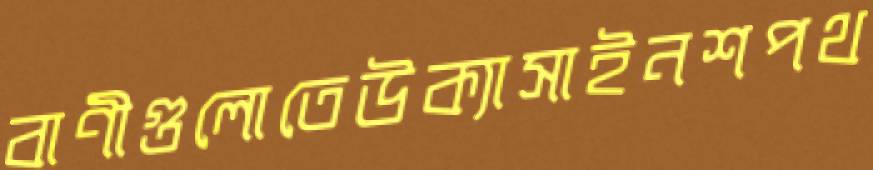
বাণীগুলোতেউক্যাসাইনশপথ